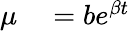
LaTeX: \begin{array}{rl}{\mu}&{{}=be^{\beta t}}\end{array}